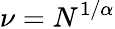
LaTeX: \nu=N^{1/\alpha}